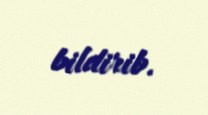
bildirib.